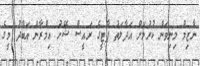
ނާޒިމް މިނިވަން ކުރުމަށް އަދާލަތު ޕާޓީގެ ރައީސް ޝޭހު އިމްރާން އަބްދު މީގެ